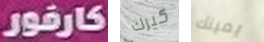
كارفور كيرك يمينك